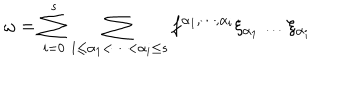
LaTeX: \omega = \sum _ { i = 0 } ^ { s } \sum _ { 1 \le \alpha _ { 1 } < \cdots < \alpha _ { i } \le s } f ^ { \alpha _ { 1 } , \cdots , \alpha _ { i } } \xi _ { \alpha _ { 1 } } \dots \xi _ { \alpha _ { i } }